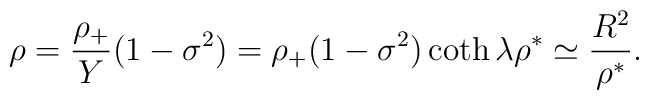
\rho = { \rho_+ \over Y} ( 1 - \sigma^2 ) =     \rho_+ (1 - \sigma^2) \coth \lambda \rho^* \simeq     { R^2 \over \rho^*}.